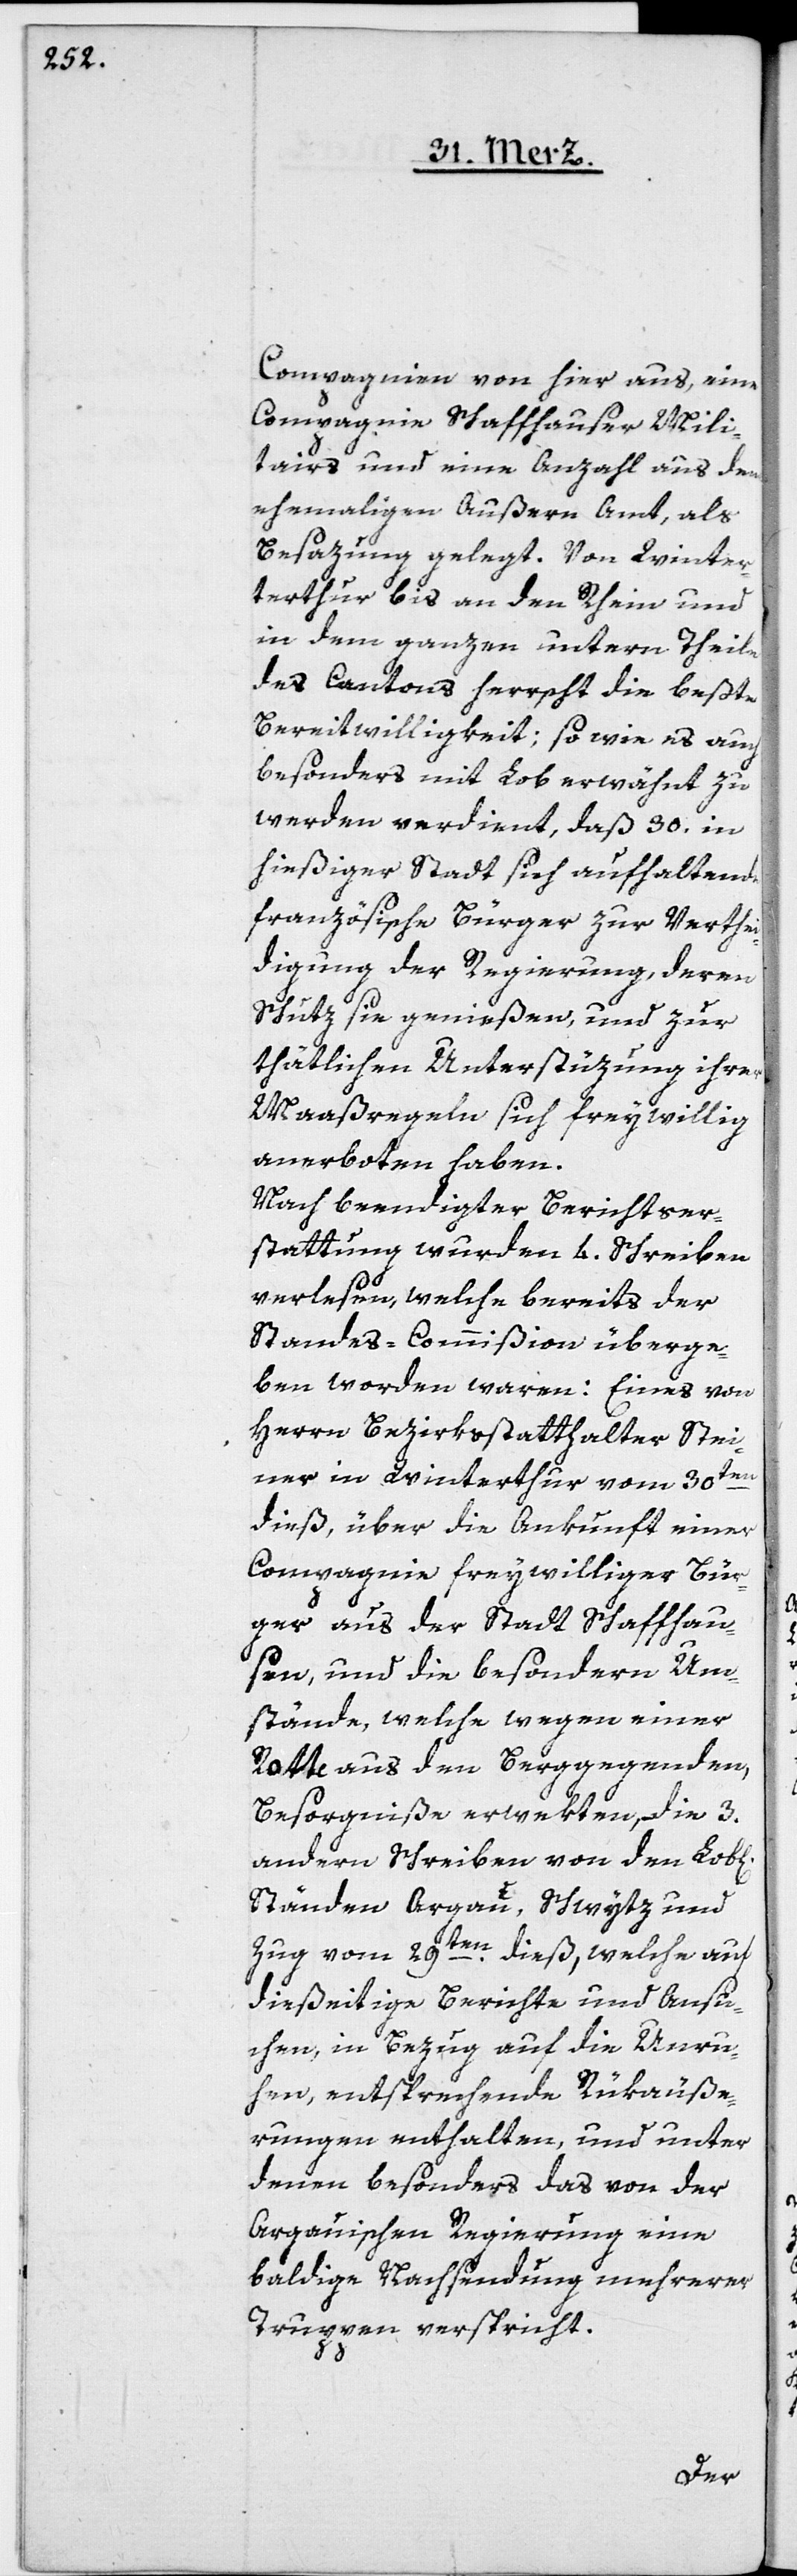
Compagnien von hier aus, eine
Compagnie Schaffhauser Mili¬
tairs und eine Anzahl aus dem
ehemaligen Außern Amt, als
Besazung gelegt. Von Winte¬
rthur bis an den Rhein und
in dem ganzen untern Theile
des Cantons herrscht die beßte
Bereitwilligkeit; sowie es auch
besonders mit Lob erwähnt zu
werden verdient, daß 30. in
hießiger Stadt sich aufhaltende
französische Bürger zur Verthei¬
digung der Regierung, deren
Schutz sie genießen, und zur
thätlichen Unterstüzung ihrer
Maaßregeln sich freywillig
anerboten haben.
Nach beendigter Berichtser¬
stattung wurden 4. Schreiben
verlesen, welche bereits der
Standes-Commißion überge¬
ben worden waren: Eines von
Herrn Bezirksstatthalter Stei¬
ner in Winterthur vom 30ten
dieß, über die Ankunft einer
Compagnie freywilliger Bür¬
ger aus der Stadt Schaffhau¬
sen, und die besondern Um¬
stände, welche wegen einer
Rotte aus den Berggegenden,
Besorgniße erwekten, die 3.
andern Schreiben von den Lob[li¬
Ständen Argau, Schwytz und
en dieß, welche auf
Zug vom 29t¬
dießeitige Berichte und Ansu¬
chen, in Bezug auf die Unru¬
hen, entsprechende Rükäuße¬
rungen enthalten, und unter
denen besonders das von der
Argauischen Regierung eine
baldige Nachsendung mehrerer
Truppen verspricht.
chen]